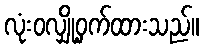
လုံးဝလျှို့ဝှက်ထားသည်။